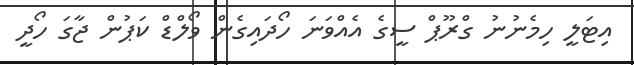
އިޓަލީ ހިމެނުނު ގްރޫޕް ސީގެ އެއްވަނަ ހޯދައިގެން ވޯލްޑް ކަޕުން ޖާގަ ހޯދީ